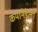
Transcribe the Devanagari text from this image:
कयानेडेली